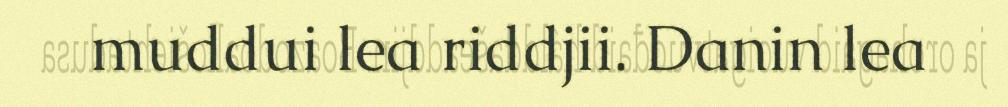
muddui lea riddjii. Danin lea